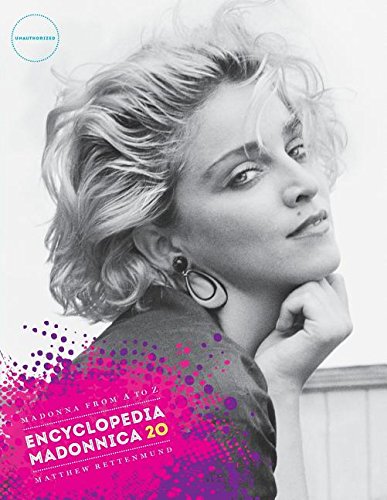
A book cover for Encyclopedia Madonnica 20: Madonna from A to Z; Matthew Rettenmund; Humor & Entertainment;